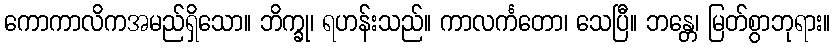
ကောကာလိကအမည်ရှိသော။ ဘိက္ခု၊ ရဟန်းသည်။ ကာလင်္ကတော၊ သေပြီ။ ဘန္တေ၊ မြတ်စွာဘုရား။